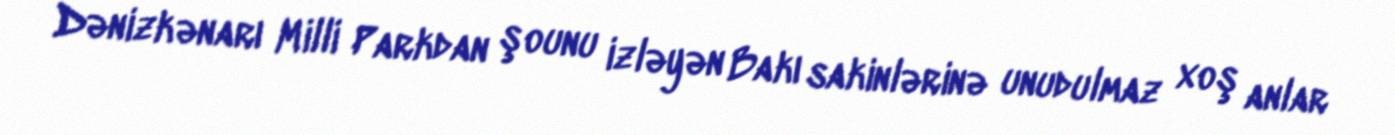
Dənizkənarı Milli Parkdan şounu izləyən Bakı sakinlərinə unudulmaz xoş anlar